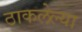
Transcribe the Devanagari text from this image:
ठाकलेल्या